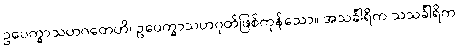
ဥပေက္ခာသဟဂတေဟိ၊ ဥပေက္ခာသဟဂုတ်ဖြစ်ကုန်သော။ အသင်္ခါရိက သသင်္ခါရိက